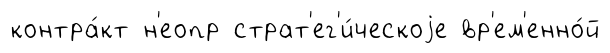
контра́кт н'еопр страт'ег'и́ческоjе вр'ем'енно́й